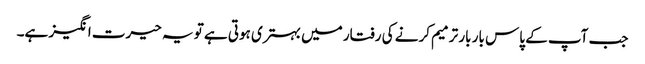
جب آپ کے پاس بار بار ترمیم کرنے کی رفتار میں بہتری ہوتی ہے تو یہ حیرت انگیز ہے۔